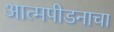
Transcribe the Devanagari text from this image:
आत्मपीडनाचा